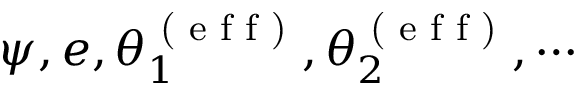
\psi , e , \theta _ { 1 } ^ { \textrm { ( e f f ) } } , \theta _ { 2 } ^ { \textrm { ( e f f ) } } , \cdots